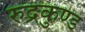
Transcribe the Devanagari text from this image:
रुद्रकुण्ड